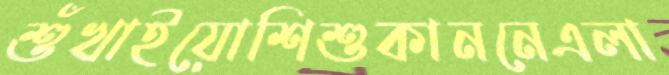
শুঁখাইয়োশিশুকাননেএলা